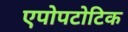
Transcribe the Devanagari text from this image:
एपोपटोटिक